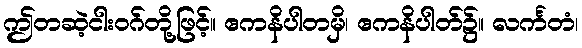
ဤတဆဲ့ငါးဝဂ်တို့ဖြင့်။ ဧကနိပါတမှိ၊ ဧကနိပါတ်၌။ လင်္ကတံ၊